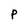
Character: P